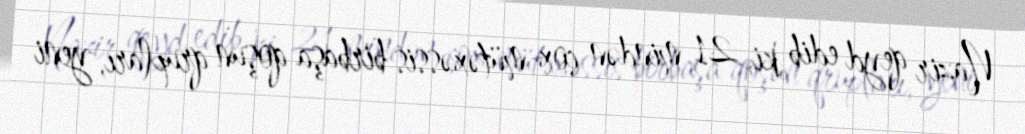
Nazir qeyd edib ki, 21 mindən çox mütəxəssis birbaşa qoşun qrupları, yeni